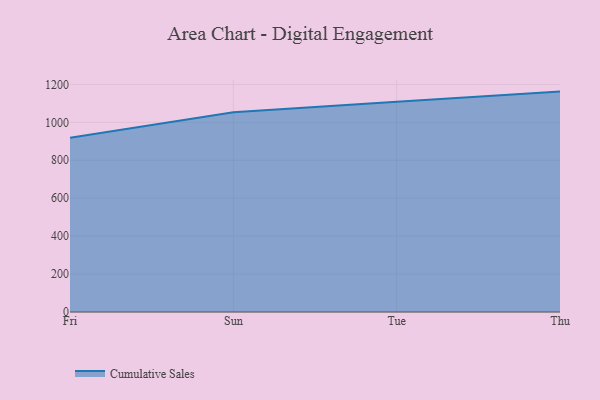
{"axis": {"x": "Day", "y": "Demand Index"}, "legend": ["Cumulative Sales"], "data": [{"x": "Fri", "y": 918.5, "type": "Cumulative Sales"}, {"x": "Sun", "y": 1052.8, "type": "Cumulative Sales"}, {"x": "Tue", "y": 1108.7, "type": "Cumulative Sales"}, {"x": "Thu", "y": 1162.1, "type": "Cumulative Sales"}]}